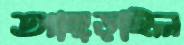
আছ্‌ড়াইল